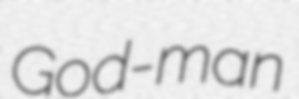
God-man